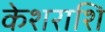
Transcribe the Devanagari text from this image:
केशराशि